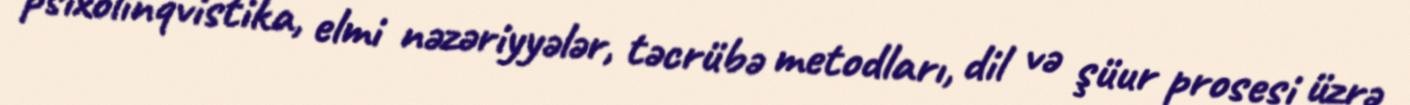
psixolinqvistika, elmi nəzəriyyələr, təcrübə metodları, dil və şüur prosesi üzrə